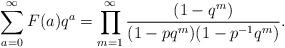
LaTeX: \begin{align*}\sum _{a=0}^{\infty }F (a)q^{a} = \prod _{m=1}^{\infty } \frac{(1-q^{m})}{(1-pq^{m}) (1-p^{-1}q^{m})} .\end{align*}